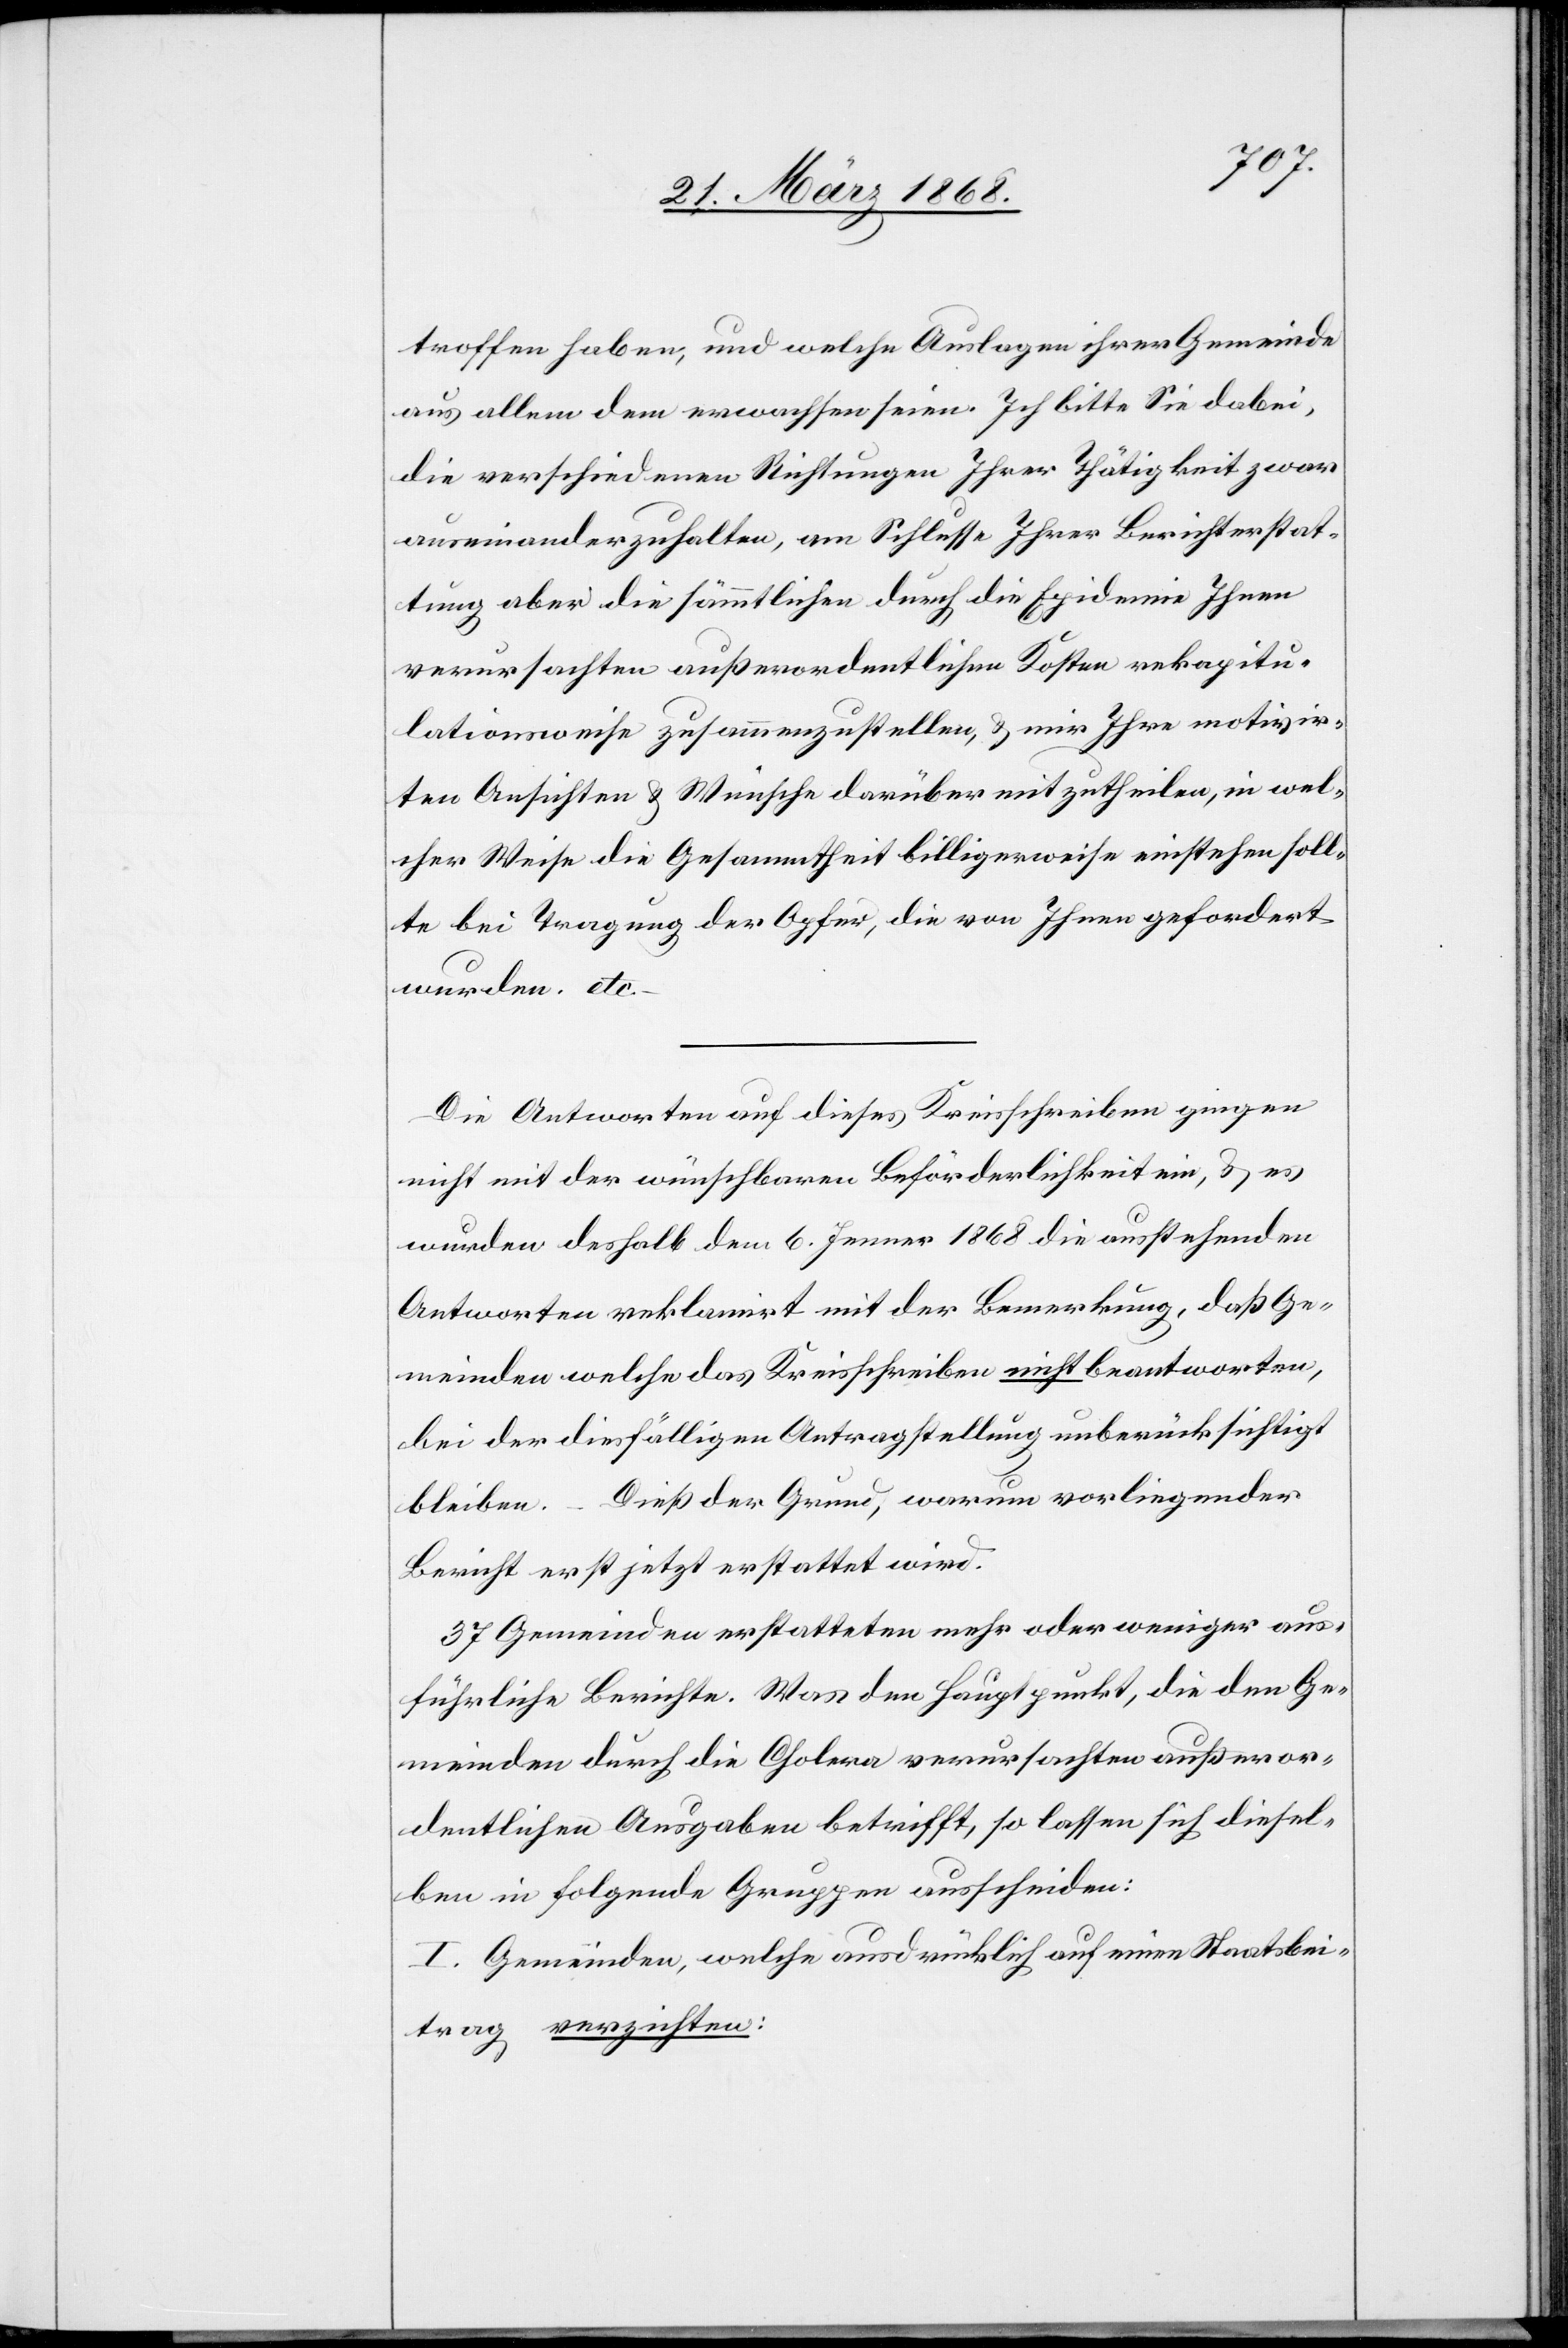
troffen haben, und welche Auslagen ihrer Gemeinde
aus allem dem erwachsen seien. Ich bitte Sie dabei,
die verschiedenen Richtungen Ihrer Thätigkeit zwar
auseinanderzuhalten, am Schlusse Ihrer Berichterstat¬
tung aber die sämmtlichen durch die Epidemie Ihnen
verursachten außerordentlichen Kosten rekapitu¬
lationsweise zusammenzustellen, & mir Ihre motivir¬
ten Ansichten & Wünsche darüber mitzutheilen, in wel¬
cher Weise die Gesammtheit billigerweise einstehen soll¬
te bei Tragung der Opfer, die von Ihnen gefordert
wurden. etc.[“]
Die Antworten auf dieses Kreisschreiben gingen
nicht mit der wünschbaren Beförderlichkeit ein, & es
wurden deshalb dem 6. Jenner 1868 die ausstehenden
Antworten reklamirt mit der Bemerkung, daß Ge¬
meinden welche das Kreisschreiben nicht beantworten,
bei der diesfälligen Antragstellung unberücksichtigt
bleiben. – Dieß der Grund, warum vorliegender
Bericht erst jetzt erstattet wird.
37 Gemeinden erstatteten mehr oder weniger aus¬
führliche Berichte. Was den Hauptpunkt, die den Ge¬
meinden durch die Cholera verursachten außeror¬
dentlichen Ausgaben betrifft, so lassen sich diesel¬
ben in folgende Gruppen ausscheiden:
I. Gemeinden, welche ausdrücklich auf einen Staatsbei¬
trag verzichten: